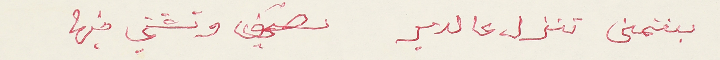
بتمنى تنزل عالدير تصيف وتشتي فيها